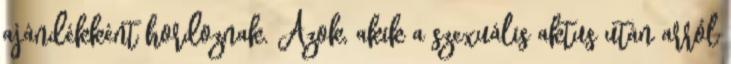
ajándékként hordoznak. Azok, akik a szexuális aktus után arról